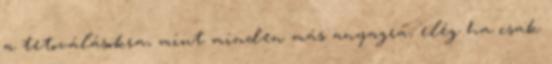
a tetoválásokra, mint minden más anyagra, elég ha csak